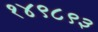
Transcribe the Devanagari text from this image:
१४९८९३